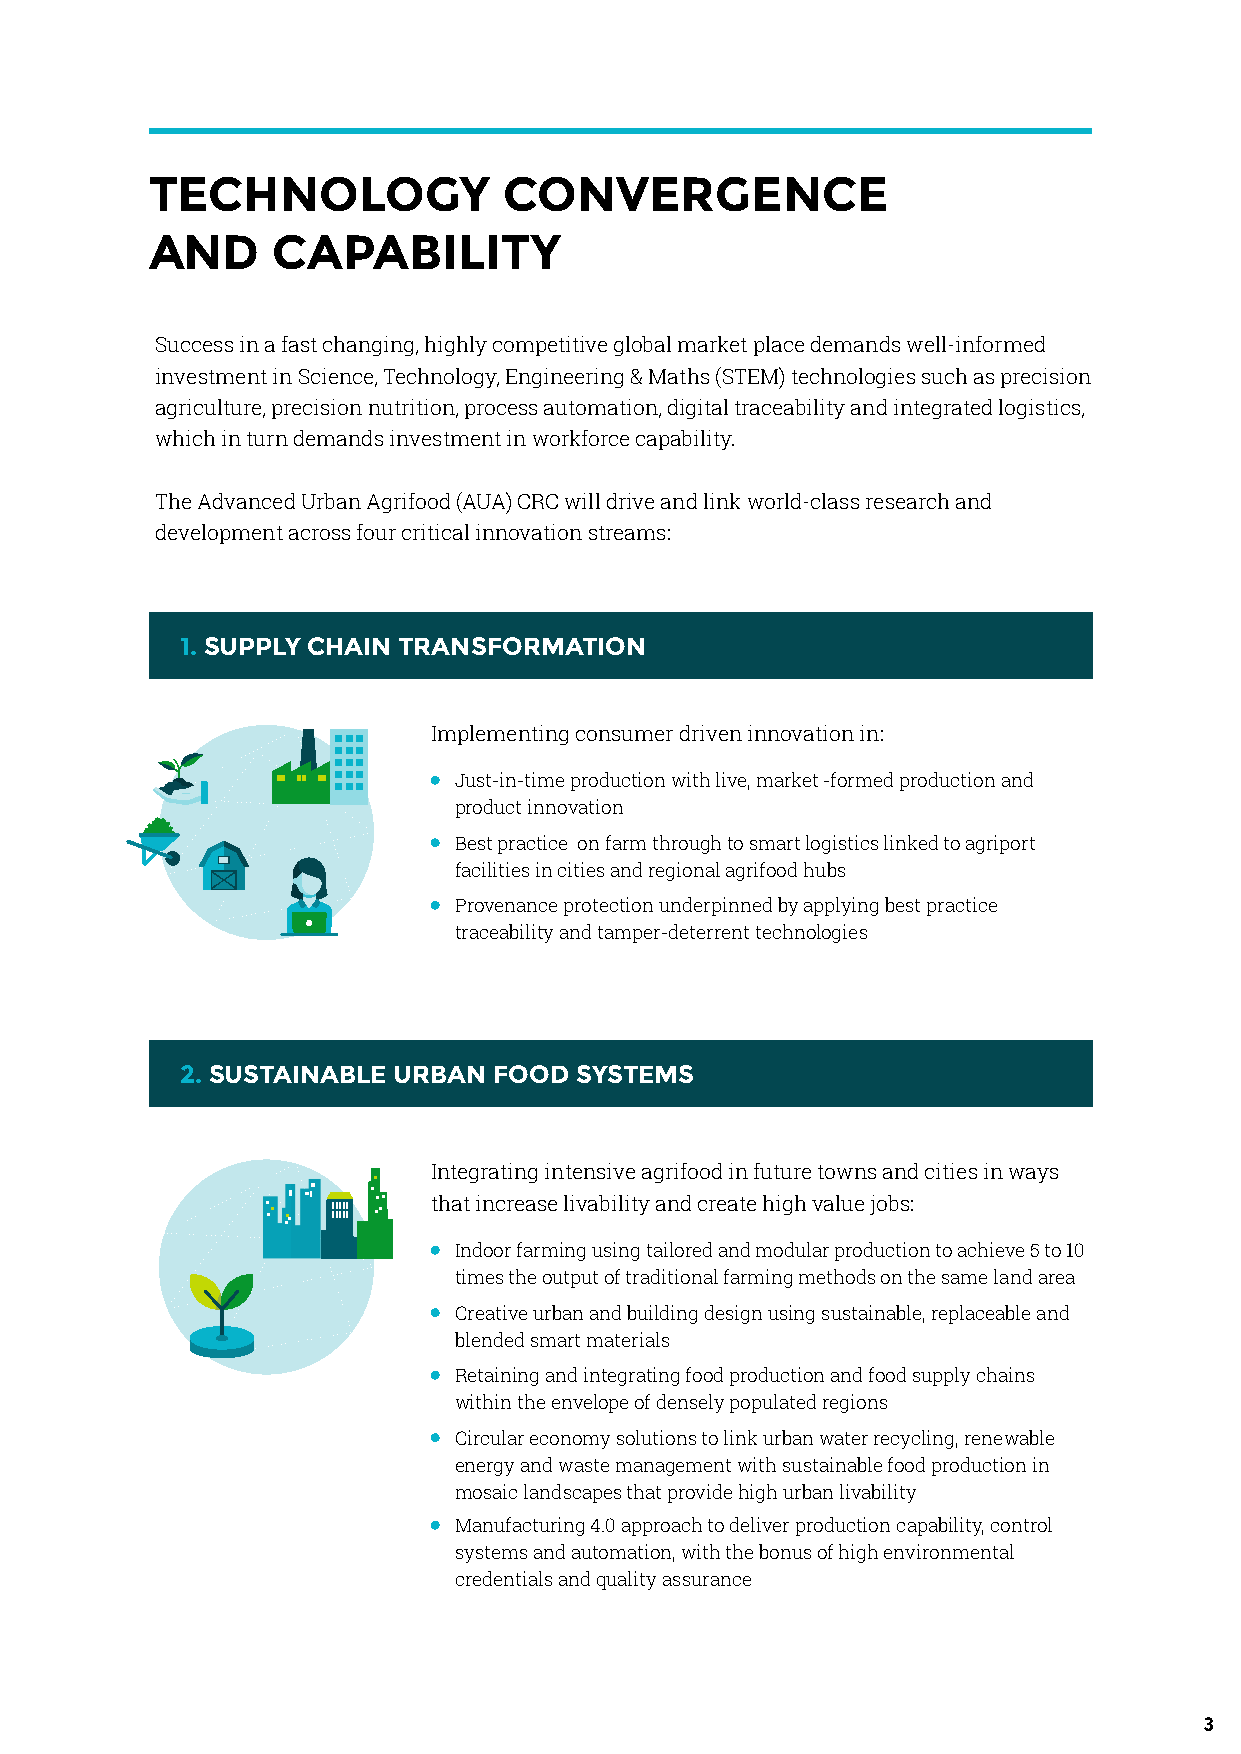
TECHNOLOGY             CONVERGENCE
 AND     CAPABILITY
 Success in a fast changing, highly competitive global market place demands well-informed
 investment in Science, Technology, Engineering & Maths (STEM) technologies such as precision
 agriculture, precision nutrition, process automation, digital traceability and integrated logistics,
 which in turn demands investment in workforce capability.
 The Advanced Urban Agrifood (AUA) CRC will drive and link world-class research and
 development across four critical innovation streams:
 1. SUPPLY CHAIN TRANSFORMATION
 Implementing consumer driven innovation in:
 Just-in-time production with live, market -formed production and
 product innovation
 Best practice on farm through to smart logistics linked to agriport
 facilities in cities and regional agrifood hubs
 Provenance protection underpinned by applying best practice
 traceability and tamper-deterrent technologies
 2. SUSTAINABLE URBAN FOOD SYSTEMS
 Integrating intensive agrifood in future towns and cities in ways
 that increase livability and create high value jobs:
 Indoor farming using tailored and modular production to achieve 5 to 10
 times the output of traditional farming methods on the same land area
 Creative urban and building design using sustainable, replaceable and
 blended smart materials
 Retaining and integrating food production and food supply chains
 within the envelope of densely populated regions
 Circular economy solutions to link urban water recycling, renewable
 energy and waste management with sustainable food production in
 mosaic landscapes that provide high urban livability
 Manufacturing 4.0 approach to deliver production capability, control
 systems and automation, with the bonus of high environmental
 credentials and quality assurance
 3